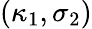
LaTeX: (\kappa_{1},\sigma_{2})